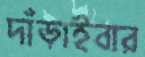
দাঁড়াইবার